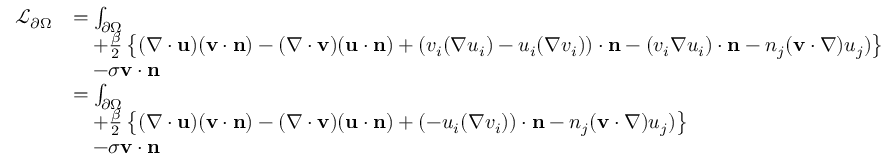
\begin{array} { r l } { \mathcal { L } _ { \partial \Omega } } & { = \int _ { \partial \Omega } } \\ & { \quad + \frac { \beta } { 2 } \left\{ ( \nabla \cdot \mathbf { u } ) ( \mathbf { v } \cdot \mathbf { n } ) - ( \nabla \cdot \mathbf { v } ) ( \mathbf { u } \cdot \mathbf { n } ) + \left( v _ { i } ( \nabla u _ { i } ) - u _ { i } ( \nabla v _ { i } ) \right) \cdot \mathbf { n } - ( v _ { i } \nabla u _ { i } ) \cdot \mathbf { n } - n _ { j } ( \mathbf { v } \cdot \nabla ) u _ { j } ) \right\} } \\ & { \quad - \sigma \mathbf { v } \cdot \mathbf { n } } \\ & { = \int _ { \partial \Omega } } \\ & { \quad + \frac { \beta } { 2 } \left\{ ( \nabla \cdot \mathbf { u } ) ( \mathbf { v } \cdot \mathbf { n } ) - ( \nabla \cdot \mathbf { v } ) ( \mathbf { u } \cdot \mathbf { n } ) + \left( - u _ { i } ( \nabla v _ { i } ) \right) \cdot \mathbf { n } - n _ { j } ( \mathbf { v } \cdot \nabla ) u _ { j } ) \right\} } \\ & { \quad - \sigma \mathbf { v } \cdot \mathbf { n } } \end{array}